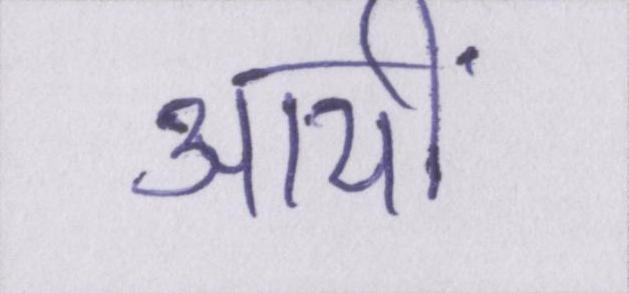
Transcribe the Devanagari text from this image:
आयीं